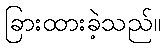
ခြားထားခဲ့သည်။